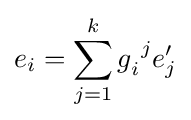
e_{i}=\sum _{j=1}^{k}g_{i}^{\ j}e'_{j}